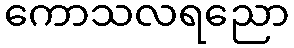
ကောသလရညော